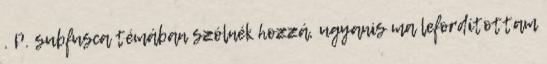
. P. subfusca témában szólnék hozzá, ugyanis ma lefordítottam